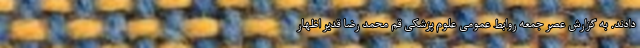
دادند. به گزارش عصر جمعه روابط عمومی علوم پزشکی قم محمد رضا قدیر اظهار